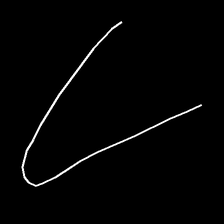
Glyph: region